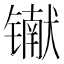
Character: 𰾾